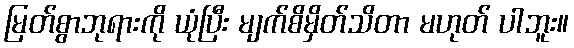
မြတ်စွာဘုရားကို ယုံပြီး မျက်စိမှိတ်သိတာ မဟုတ် ပါဘူး။